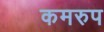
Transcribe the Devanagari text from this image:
कमरुप